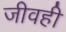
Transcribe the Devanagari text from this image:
जीवही